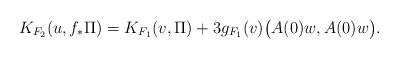
LaTeX: \begin{align*} K_{F_2}(u,f_*\Pi) = K_{F_1}(v,\Pi) + 3g_{F_1}(v)\bigl(A(0)w,A(0)w\bigr). \end{align*}